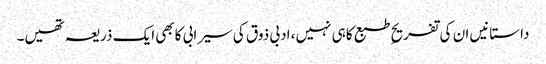
داستانیں ان کی تفریحِ طبع کاہی نہیں، ادبی ذوق کی سیرابی کابھی ایک ذریعہ تھیں۔